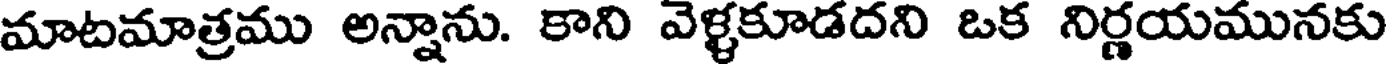
మాటమాత్రము అన్నాను. కాని వెళ్ళకూడదని ఒక నిర్ణయమునకు